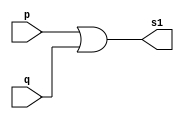
// -------------------------
// Exercicio10 - AND 
// Nome: Luhan Mairinck 	 
// ------------------------- 

// ------------------------- 
// -- and gate 
// ------------------------- 

module andgate1 (output s1, 
                 input p, 
                 input q); 
					  
assign s1 = p | q; 
endmodule // andgate1 

module andgate (output s, 
                input s1,
					 input r);
					 	
assign s = s1 | r;
endmodule // andgate

// --------------------- 
// -- test and gate 
// --------------------- 

module testandgate; 

// ------------------------- dados locais 
reg a, b, c; // definir registradores 

wire s,s1; // definir conexao (fio) 

// ------------------------- instancia 
andgate AND1 (s1, a, b);                  // DEFINIR EM OUTRO MODULO
andgate AND2 (s, s1, c);

// ------------------------- preparacao 
initial begin:start
 
// atribuicao simultanea 
// dos valores iniciais 
a=0; b=0; c=0;
end 

// ------------------------- parte principal 
initial begin 
$display("Exercicio10 - Luhan Mairinck - 446987"); 
$display("Test AND gate"); 
$display("\na | b | c = s\n"); 

$monitor ("%b | %b | %b = %b", a, b, c, s); 
#1 a=0; b=0; c=0;

#1 a=0; b=0; c=1;

#1 a=0; b=1; c=0;

#1 a=0; b=1; c=1;

#1 a=1; b=0; c=0; 

#1 a=1; b=0; c=1;

#1 a=1; b=1; c=0;
 
#1 a=1; b=1; c=1;

end 
endmodule // testandgate